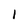
Character: I